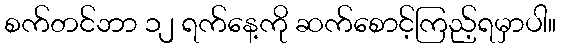
စက်တင်ဘာ ၁၂ ရက်နေ့ကို ဆက်စောင့်ကြည့်ရမှာပါ။